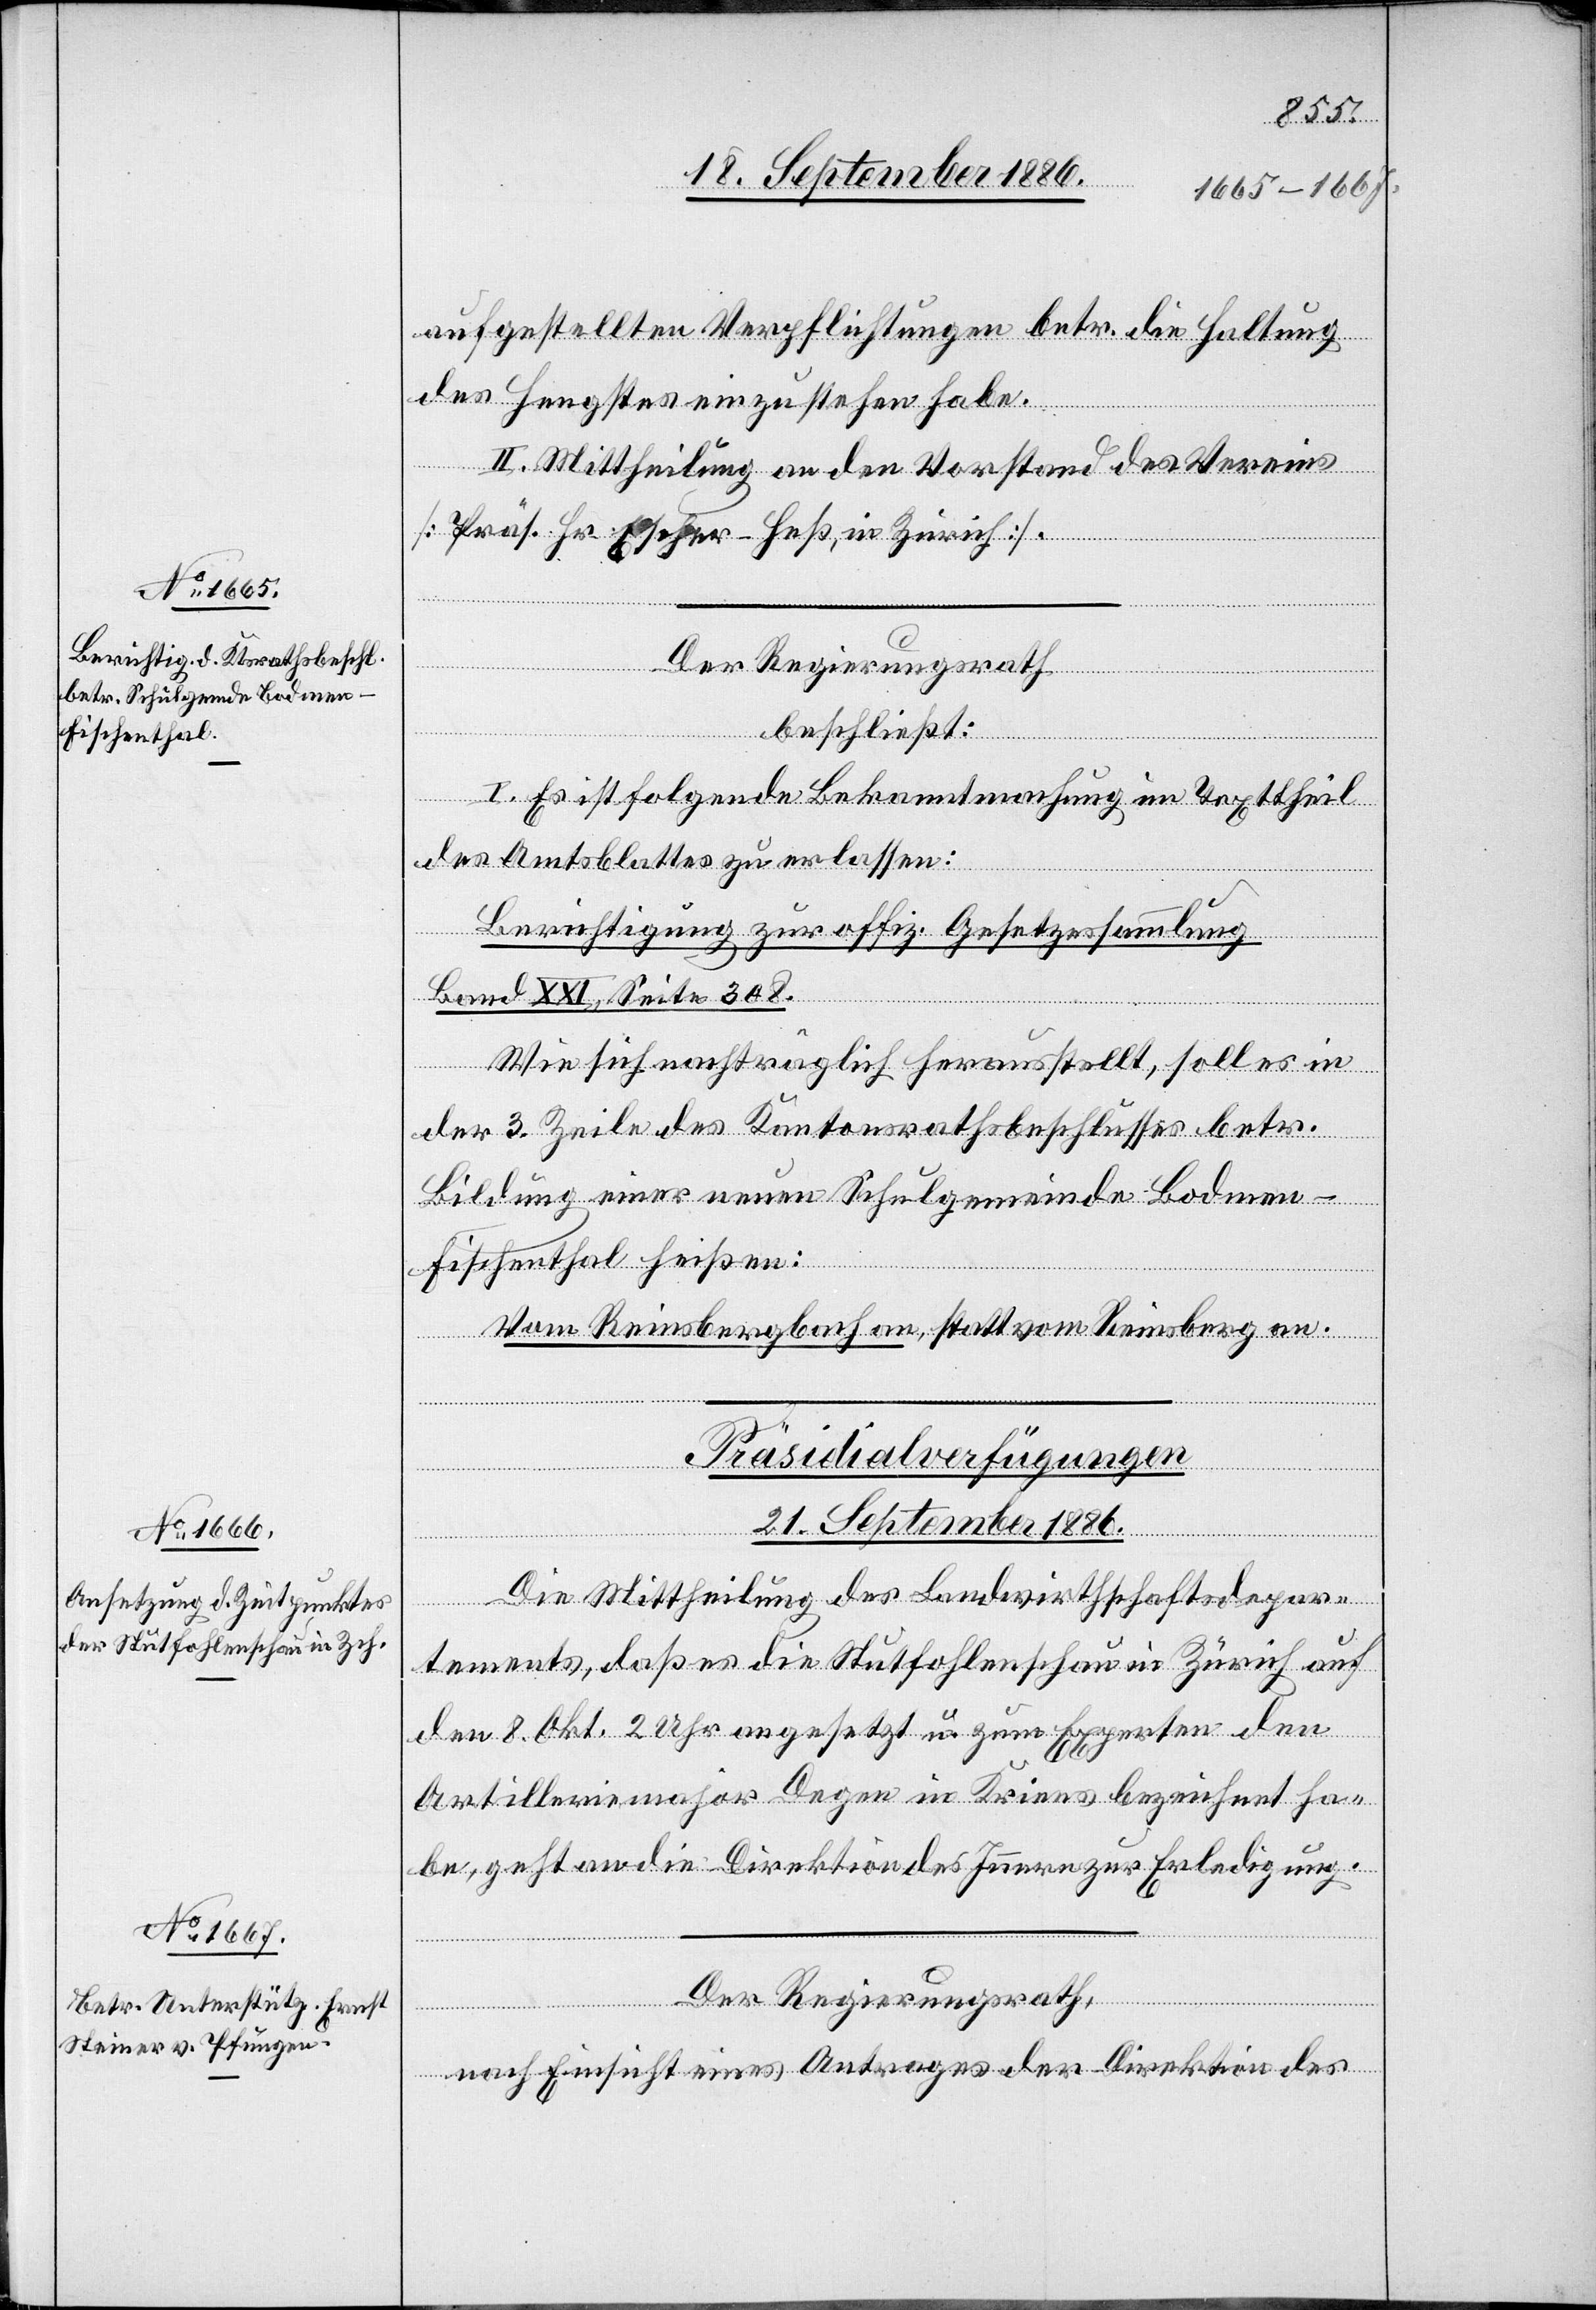
21. September 1886.]
aufgestellten Verpflichtungen betr. die Haltung
des Hengstes einzustehen habe.
II. Mittheilung an den Vorstand des Vereins
[Präs. Hr. Escher-Heß, in Zürich].
Der Regierungsrath
beschließt:
I.
c!] Es ist folgende Bekanntmachung im Texttheil
des Amtsblattes zu erlassen:
Berichtigung zur offiz. Gesetzessammlung
Band XXI, Seite 308.
Wie sich nachträglich herausstellt, soll es in
der 3. Zeile des Kantonsrathsbeschlusses betr.
Bildung einer neuen Schulgemeinde Bodmen-F¬
ischenthal heißen:
Vom Reinsbergbach an, statt vom Reinsberg an.
[Präsidialverfügungen
[si¬
Die Mittheilung des Landwirthschaftsdepar¬
tements, daß es die Stutfohlenschau in Zürich auf
den 8. Okt. 2 Uhr angesetzt u. zum Experten den
Artilleriemajor Degen in Kriens bezeichnet ha¬
be, geht an die Direktion des Innern zur Erledigung.
Der Regierungsrath,
nach Einsicht eines Antrages der Direktion des